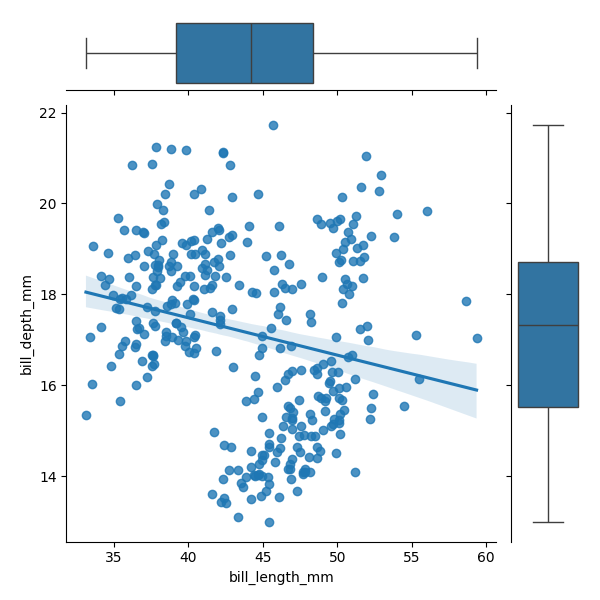
python, seaborn, JointGrid, regplot, boxplot